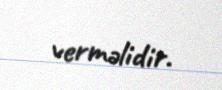
verməlidir.